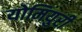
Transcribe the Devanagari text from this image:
योमियुरी